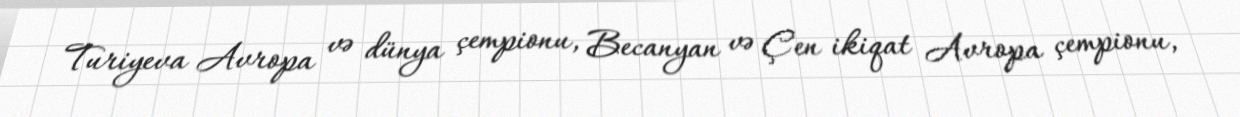
Turiyeva Avropa və dünya çempionu, Becanyan və Çen ikiqat Avropa çempionu,